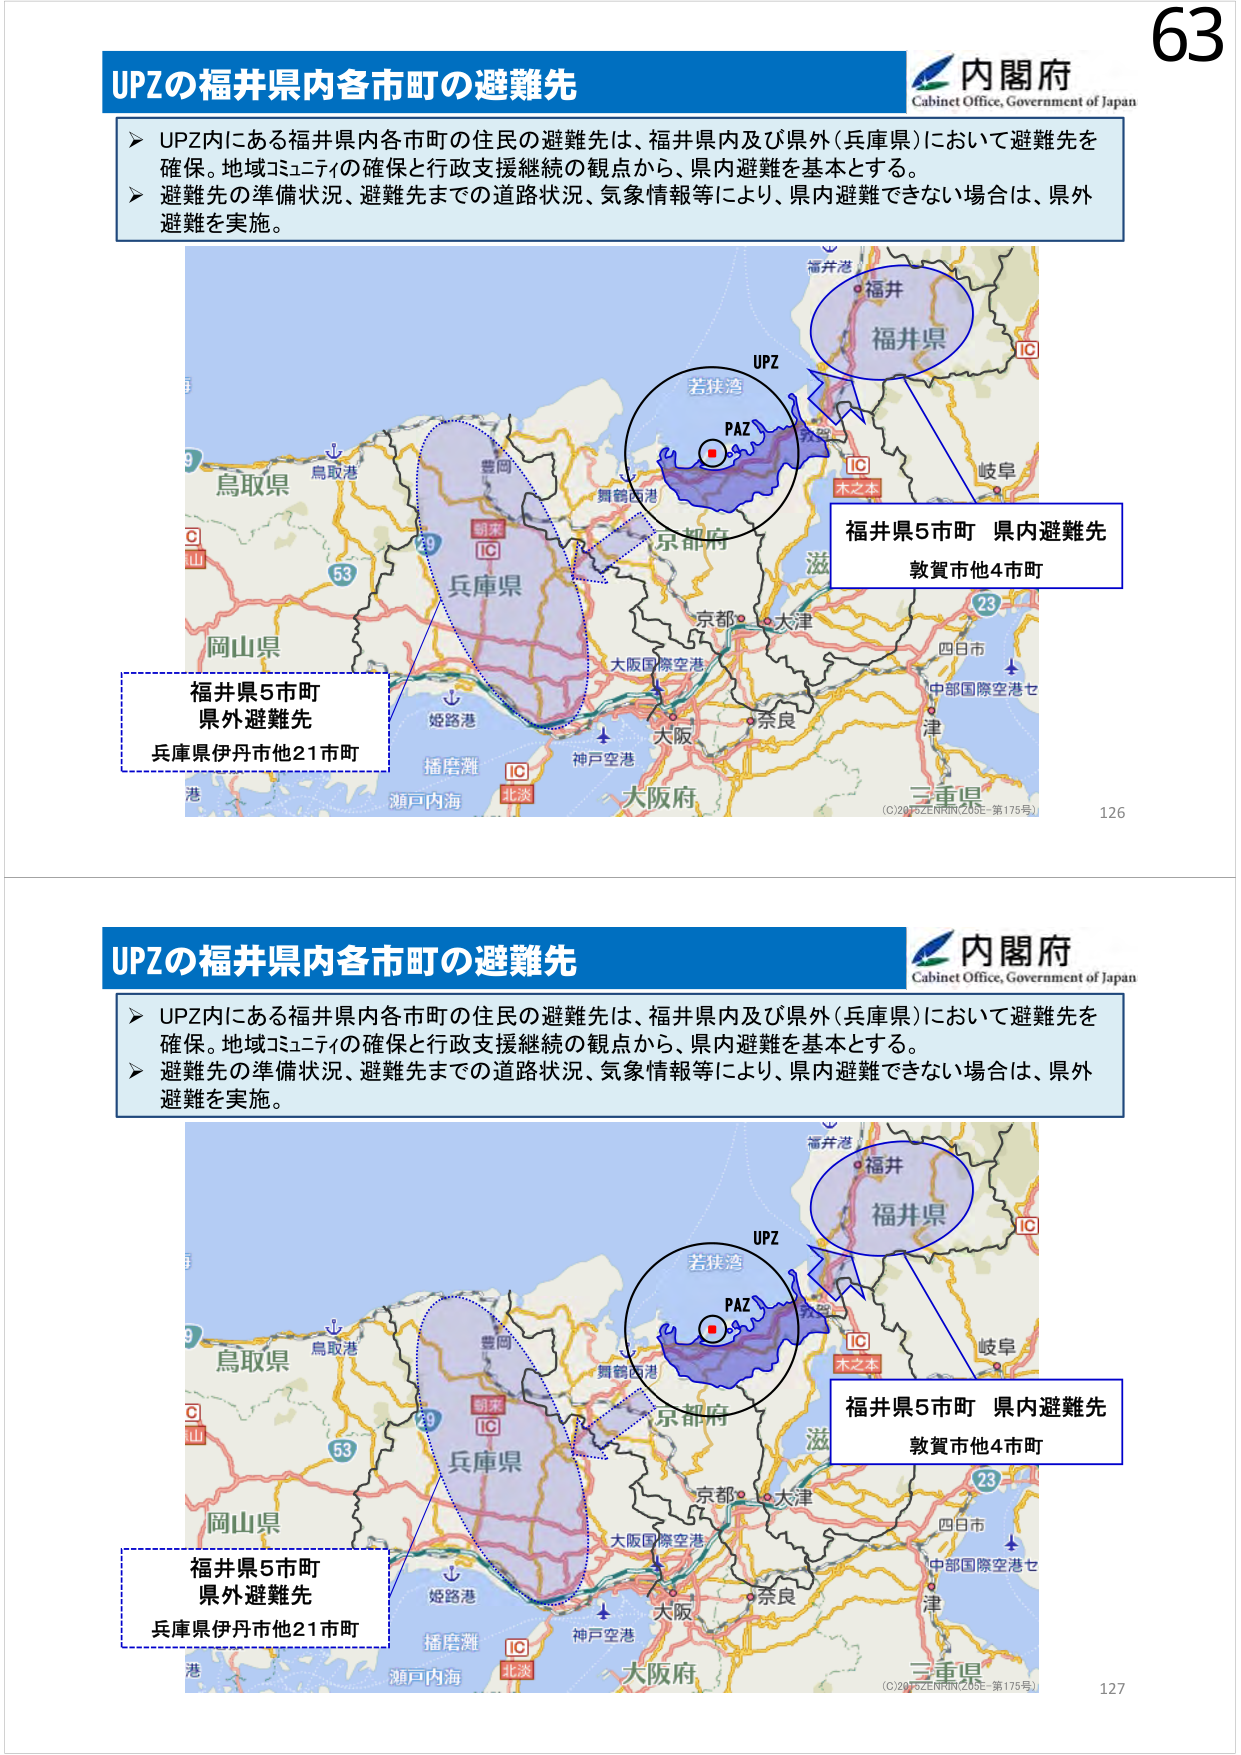
63
内閣府
Cabinet Office, Government of Japan
UPZの福井県内各市町の避難先
➤ UPZ内にある福井県内各市町の住民の避難先は、福井県内及び県外（兵庫県）において避難先を
確保。地域コミュニティの確保と行政支援継続の観点から、県内避難を基本とする。
➤ 避難先の準備状況、避難先までの道路状況、気象情報等により、県内避難できない場合は、県外
避難を実施。
福井港
福井
福井県
UPZ
IC
若狭湾
PAZ
IC
木之本
岐阜
京都府
滋
鳥取県
鳥取港
豊岡
朝来
IC
兵庫県
53
29
大阪国際空港
京都
大津
四日市
中部国際空港セ
津
福井県5市町 県内避難先
敦賀市他4市町
岡山県
姫路港
播磨灘
IC
神戸空港
北淡
大阪府
三重県
港
瀬戸内海
(C)2015 ZENRIN (Z05-第175号)
126
内閣府
Cabinet Office, Government of Japan
UPZの福井県内各市町の避難先
➤ UPZ内にある福井県内各市町の住民の避難先は、福井県内及び県外（兵庫県）において避難先を
確保。地域コミュニティの確保と行政支援継続の観点から、県内避難を基本とする。
➤ 避難先の準備状況、避難先までの道路状況、気象情報等により、県内避難できない場合は、県外
避難を実施。
福井港
福井
福井県
UPZ
IC
若狭湾
PAZ
IC
木之本
岐阜
京都府
滋
鳥取県
鳥取港
豊岡
朝来
IC
兵庫県
53
29
大阪国際空港
京都
大津
四日市
中部国際空港セ
津
福井県5市町 県内避難先
敦賀市他4市町
岡山県
姫路港
播磨灘
IC
神戸空港
北淡
大阪府
三重県
港
瀬戸内海
(C)2015 ZENRIN (Z05-第175号)
127